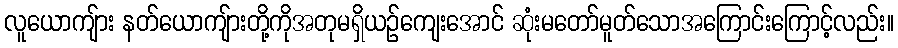
လူယောကျ်ား နတ်ယောကျ်ားတို့ကိုအတုမရှိယဉ်ကျေးအောင် ဆုံးမတော်မူတ်သောအကြောင်းကြောင့်လည်း။